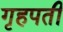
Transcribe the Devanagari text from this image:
गृहपती